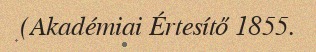
(Akadémiai Értesítő 1855.